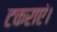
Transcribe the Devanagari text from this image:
टकराएं।